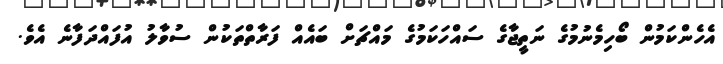
އެހެންކަމުން ބޯހިމެނުމުގެ ނަތީޖާގެ ސައްހަކަމުގެ މައްޗަށް ބައެއް ފަރާތްތަކުން ސުވާލު އުފައްދަފާނެ އެވެ.